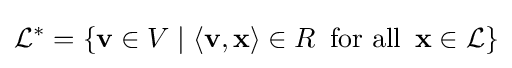
{\mathcal {L}}^{*}=\{\mathbf {v} \in V\mid \langle \mathbf {v} ,\mathbf {x} \rangle \in R\,{\text{ for all }}\,\mathbf {x} \in {\mathcal {L}}\}